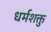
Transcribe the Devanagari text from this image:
धर्मशक्तु